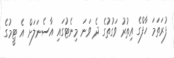
ފުރަތަމަ ހާފްގެ އިތުރު ވަގުތުގެ ދެ ވަނަ މިނެޓުގައި އާސެނަލަށް އެ ޓީމުގެ